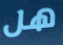
هل